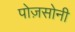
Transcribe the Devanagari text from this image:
पोज़सोनी